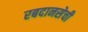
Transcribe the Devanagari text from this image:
रबदानसेची